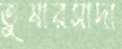
তুষারসাদা